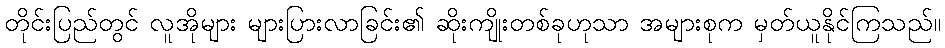
တိုင်းပြည်တွင် လူအိုများ များပြားလာခြင်း၏ ဆိုးကျိုးတစ်ခုဟုသာ အများစုက မှတ်ယူနိုင်ကြသည်။